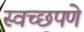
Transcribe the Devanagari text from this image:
स्वच्छपणे